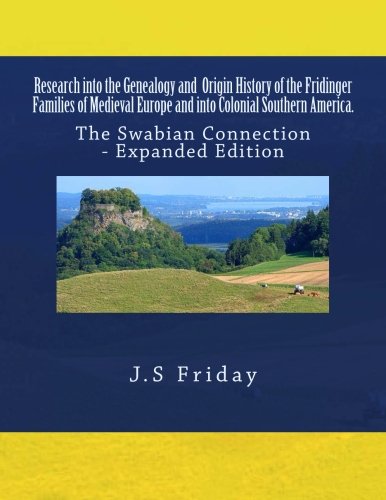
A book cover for Research into the Genealogy and Origin History of the Fridinger Families of Medieval Europe and into Colonial Southern America.: The Swabian Connection - Expanded Edition; J S Friday; Reference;